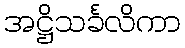
အဋ္ဌိသင်္ခလိကာ